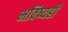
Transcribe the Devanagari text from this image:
भविष्यही